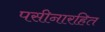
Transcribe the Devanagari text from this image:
पसीनारहित